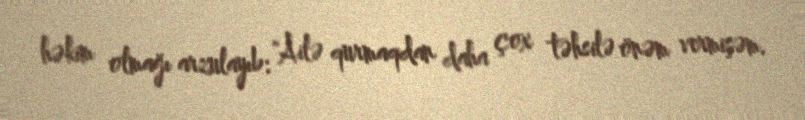
həkim olmağı arzulayıb: "Ailə qurmaqdan daha çox təhsilə önəm vermişəm.